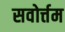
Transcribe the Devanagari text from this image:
सवोर्त्तम